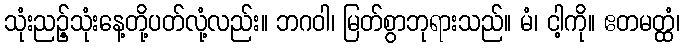
သုံးညဉ့်သုံးနေ့တို့ပတ်လုံ့လည်း။ ဘဂဝါ၊ မြတ်စွာဘုရားသည်။ မံ၊ ငါ့ကို။ ဧတမတ္ထံ၊